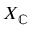
X _ { \mathbb { C } }